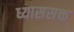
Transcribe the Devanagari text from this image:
ध्याससक्त